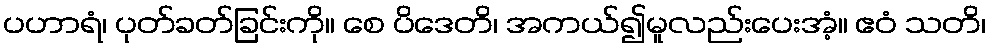
ပဟာရံ၊ ပုတ်ခတ်ခြင်းကို။ စေ ပိဒေတိ၊ အကယ်၍မူလည်းပေးအံ့။ ဧဝံ သတိ၊